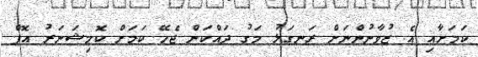
ކަމަށާއި އެ ޒުވާނުންނަށް ރަނގަޅު މަގު ދައްކަން ޖެހޭ ކަމަށް ކޮމިޝަނަރު އޮފް